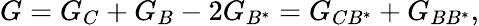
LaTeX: G=G_{C}+G_{B}-2G_{B^{\ast}}=G_{CB^{\ast}}+G_{BB^{\ast}},